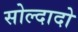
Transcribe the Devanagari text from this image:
सोल्दादो